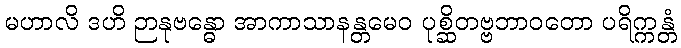
မဟာလိ ဒဟိ ဉာနုဗန္ဓော အာကာသာနန္တမေဝ ပုစ္ဆိတဗ္ဗဘာဝတော ပရိက္ကန္တံ